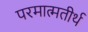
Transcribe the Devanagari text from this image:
परमात्मतीर्थ